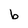
Character: b